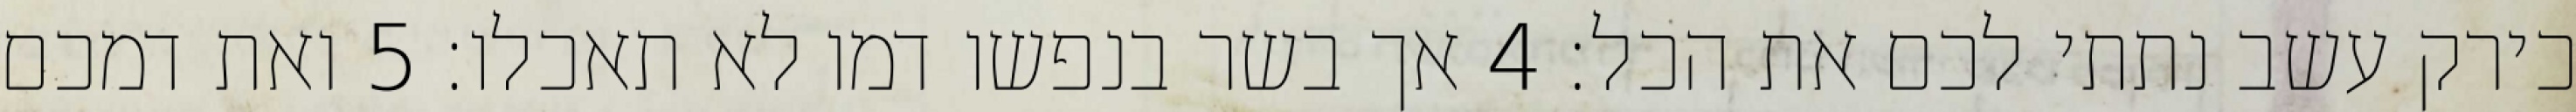
כירק עשב נתתי לכם את הכל׃ ‎4‏ אך בשר בנפשו דמו לא תאכלו׃ ‎5‏ ואת דמכם